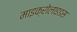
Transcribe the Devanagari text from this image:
माइक्रोलाइडस